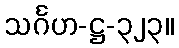
သင်္ဂဟ-ဋ္ဌ-၃၂၃။